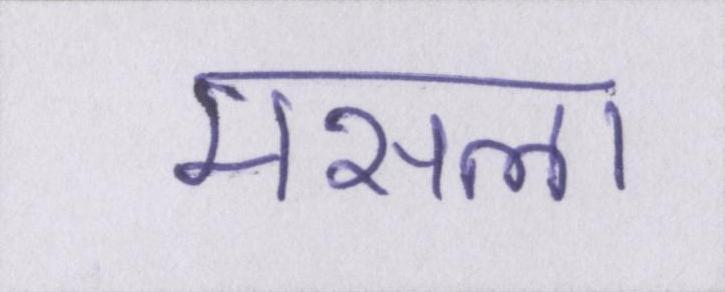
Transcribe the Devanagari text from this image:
मसला